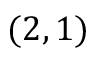
( 2 , 1 )